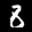
Label: 8